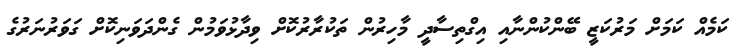
ކަމެއް ކަމަށް މަރުކަޒީ ބޭންކުންނާއި އިގްތިސާދީ މާހިރުން ތަކުރާރުކޮށް ވިދާޅުވަމުން ގެންދަވަނިކޮށް ގަވަރުނަރުގެ